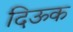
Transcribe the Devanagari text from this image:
दिऊक